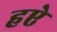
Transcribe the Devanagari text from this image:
हऐ